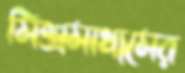
মিশ্রমাধ্যমের